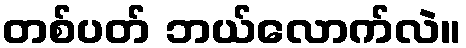
တစ်ပတ် ဘယ်လောက်လဲ။